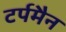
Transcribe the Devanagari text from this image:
टर्पमैन